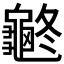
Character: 𪚽